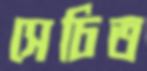
সেচিত